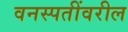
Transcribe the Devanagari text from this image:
वनस्पतींवरील